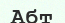
Абт